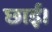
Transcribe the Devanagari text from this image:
छाई।